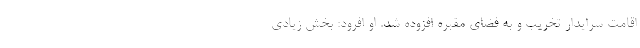
اقامت سرایدار تخریب و به فضای مقبره افزوده شد. او افرود: بخش زیادی